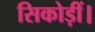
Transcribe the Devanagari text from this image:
सिकोड़ीं।